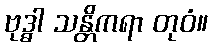
ဗုဒ္ဓါ သန္တိကရာ တုဝံ။